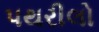
પથરીલો